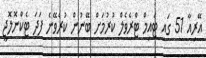
އޭރިއާ 51 ގައި ޓައިމް ޓްރެވެލް ކުރުމަށް ބޭނުން ކުރެވޭނެ ފަދަ ޓެކްނޮލޮޖީ